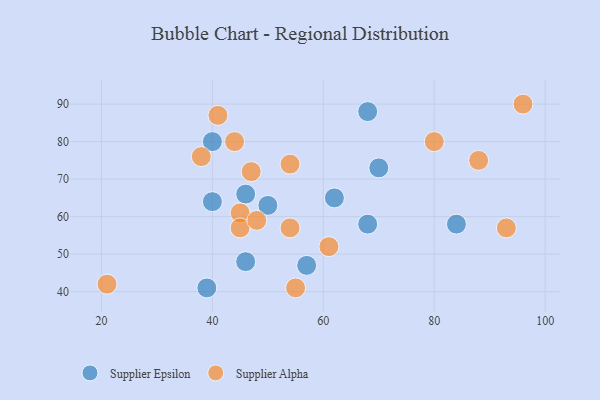
{"axis": {"x": "GDP", "y": "Life Expectancy"}, "legend": ["Supplier Alpha", "Supplier Epsilon"], "data": [{"x": "68", "y": 58, "type": "Supplier Epsilon"}, {"x": "46", "y": 48, "type": "Supplier Epsilon"}, {"x": "39", "y": 41, "type": "Supplier Epsilon"}, {"x": "68", "y": 88, "type": "Supplier Epsilon"}, {"x": "50", "y": 63, "type": "Supplier Epsilon"}, {"x": "62", "y": 65, "type": "Supplier Epsilon"}, {"x": "70", "y": 73, "type": "Supplier Epsilon"}, {"x": "40", "y": 80, "type": "Supplier Epsilon"}, {"x": "40", "y": 64, "type": "Supplier Epsilon"}, {"x": "46", "y": 66, "type": "Supplier Epsilon"}, {"x": "57", "y": 47, "type": "Supplier Epsilon"}, {"x": "84", "y": 58, "type": "Supplier Epsilon"}, {"x": "88", "y": 75, "type": "Supplier Alpha"}, {"x": "54", "y": 57, "type": "Supplier Alpha"}, {"x": "45", "y": 61, "type": "Supplier Alpha"}, {"x": "54", "y": 74, "type": "Supplier Alpha"}, {"x": "55", "y": 41, "type": "Supplier Alpha"}, {"x": "38", "y": 76, "type": "Supplier Alpha"}, {"x": "41", "y": 87, "type": "Supplier Alpha"}, {"x": "96", "y": 90, "type": "Supplier Alpha"}, {"x": "21", "y": 42, "type": "Supplier Alpha"}, {"x": "45", "y": 57, "type": "Supplier Alpha"}, {"x": "93", "y": 57, "type": "Supplier Alpha"}, {"x": "44", "y": 80, "type": "Supplier Alpha"}, {"x": "48", "y": 59, "type": "Supplier Alpha"}, {"x": "61", "y": 52, "type": "Supplier Alpha"}, {"x": "80", "y": 80, "type": "Supplier Alpha"}, {"x": "47", "y": 72, "type": "Supplier Alpha"}]}